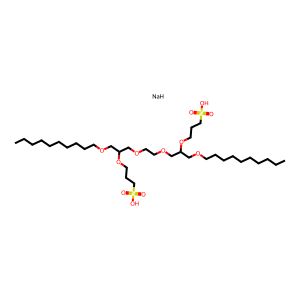
SMILES: CCCCCCCCCCOCC(COCCOCC(COCCCCCCCCCC)OCCCS(=O)(=O)O)OCCCS(=O)(=O)O.[NaH]
Inhibits HIV replication: No